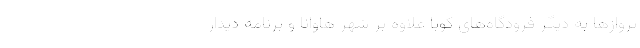
پروازها به دیگر فرودگاه‌های کوبا علاوه بر شهر هاوانا و برنامه دیدار